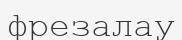
фрезалау